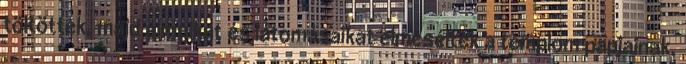
töltöttek, majd álmaikat és látomásaikat elmesélték a templom papjainak,